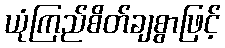
ယုံကြည်စိတ်ချစွာဖြင့်